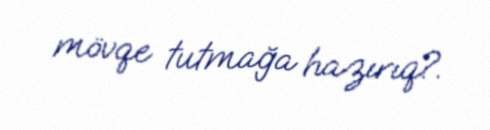
mövqe tutmağa hazırıq?.